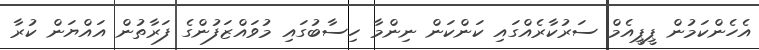
އެހެންކަމުން ޕީޕީއެމް ސަރުކާރެއްގައި ކަންކަން ނިންމާ ހިސާބުގައި މުވައްޒަފުންގެ ފަރާތުން އައްޔަން ކުރާ